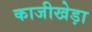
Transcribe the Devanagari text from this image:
काजीखेड़ा